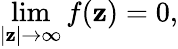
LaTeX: \operatorname*{lim}_{|\mathbf{z}|\to\infty}f(\mathbf{z})=0,